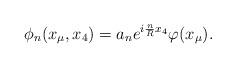
LaTeX: \begin{align*}\phi_n(x_\mu,x_4)=a_n e^{i\frac{n}{R}x_4 }\varphi(x_\mu). \end{align*}